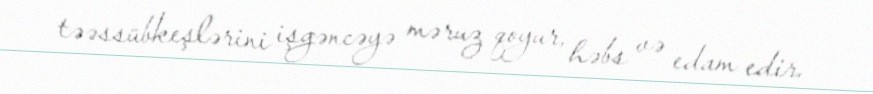
təəssübkeşlərini işgəncəyə məruz qoyur, həbs və edam edir.